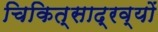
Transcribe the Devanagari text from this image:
चिकित्साद्रव्यों